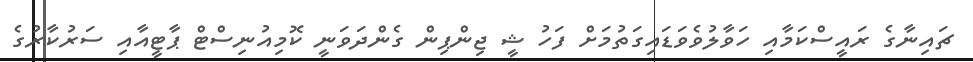
ޗައިނާގެ ރައީސްކަމާއި ހަވާލުވެވަޑައިގަތުމަށް ފަހު ޝީ ޖިންޕިން ގެންދަވަނީ ކޮމިއުނިސްޓް ޕާޓީއާއި ސަރުކާރުގެ